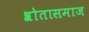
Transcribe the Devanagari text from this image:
श्रोतासमाज